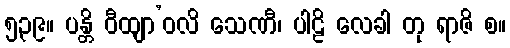
၅၃၉။ ပန္တိ ဝီထျာ’ဝလိ သေဏီ၊ ပါဠိ လေခါ တု ရာဇိ စ။